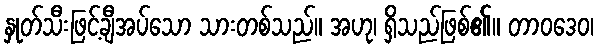
နှုတ်သီးဖြင့်ချီအပ်သော သားတစ်သည်။ အဟု၊ ရှိသည်ဖြစ်၏။ တာဝဒေဝ၊